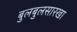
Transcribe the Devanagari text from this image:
बुलबुलसारखा